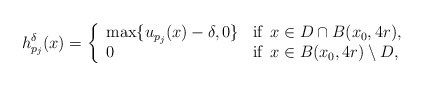
\begin{align*} h_{p_j}^\delta (x) = \left\{\begin{array}{ll}\max\{u_{p_j}(x)-\delta,0\} & \textrm{if }\, x\in D\cap B(x_0,4r), \\ 0 & \textrm{if }\, x\in B(x_0,4r)\setminus D, \end{array}\right.\end{align*}